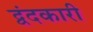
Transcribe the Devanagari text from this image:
द्वंदकारी